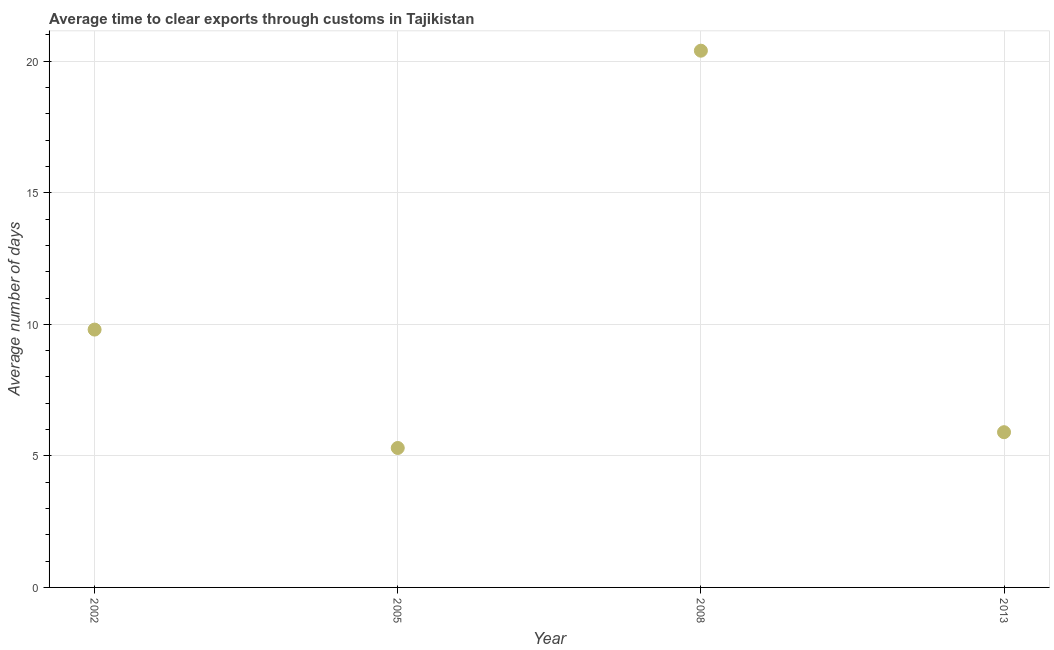
| Year | Time to clear exports through customs |
 | --- | --- |
 | 2002 | 9.8 |
 | 2005 | 5.3 |
 | 2008 | 20.4 |
 | 2013 | 5.9 |